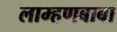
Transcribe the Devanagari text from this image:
लाम्हणबाबा